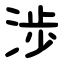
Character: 渉